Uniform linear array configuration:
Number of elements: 48
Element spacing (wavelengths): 0.25
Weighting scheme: uniform
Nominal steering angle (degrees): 30
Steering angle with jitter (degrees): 28.618
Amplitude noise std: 0.05
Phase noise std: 0.05

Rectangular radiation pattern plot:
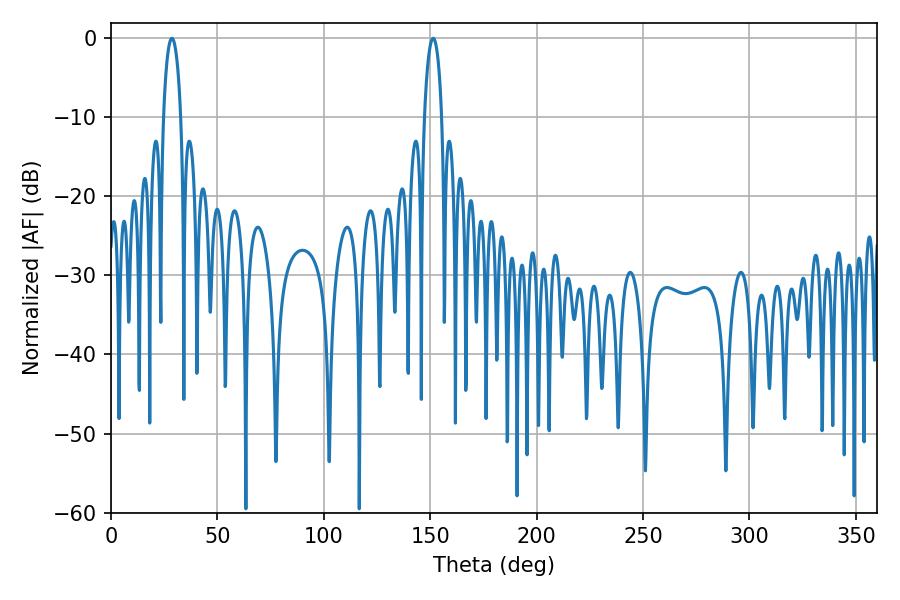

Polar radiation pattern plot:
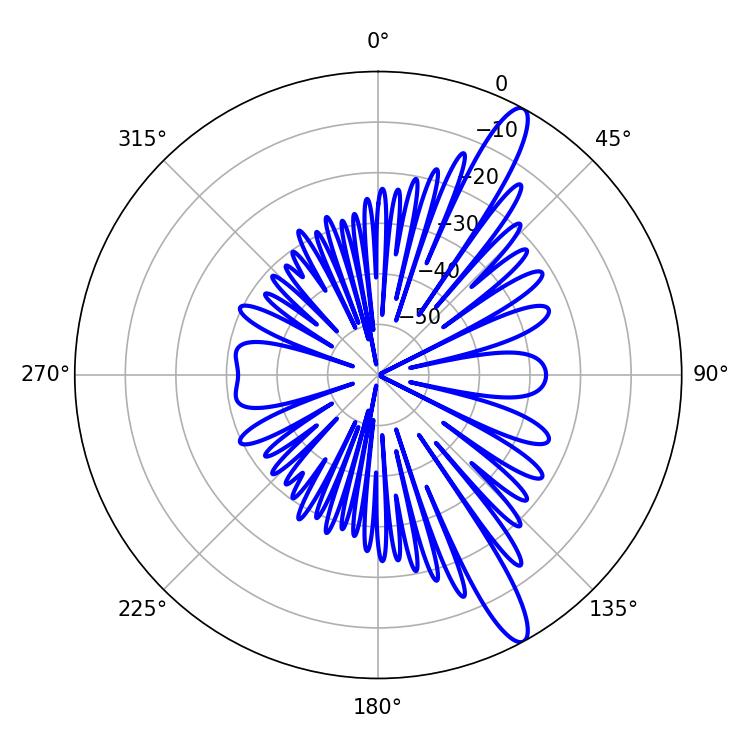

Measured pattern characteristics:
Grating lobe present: FALSE
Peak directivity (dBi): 13.447
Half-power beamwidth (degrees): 4.68
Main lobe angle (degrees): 28.62